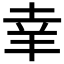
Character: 𦍒